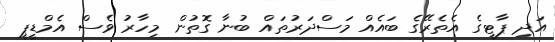
އަދި ޕާޓީގެ އެތެރޭގެ ބައެއް މަސްދަރުތައް ބުނާ ގޮތުން މިހާރު ވެސް އެމްޑީޕީ